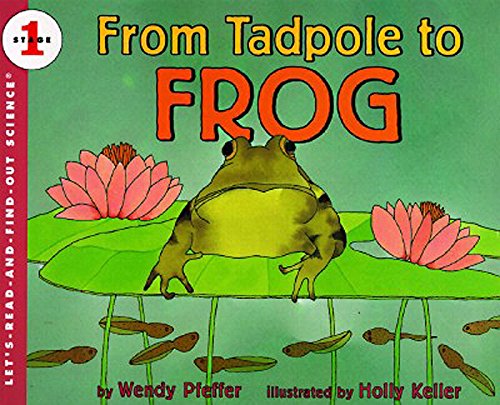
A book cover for From Tadpole to Frog (Let's-Read-and-Find-Out Science 1); Wendy Pfeffer; Children's Books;